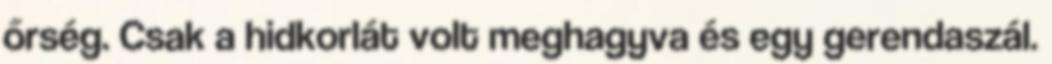
őrség. Csak a hidkorlát volt meghagyva és egy gerendaszál.